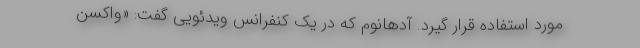
مورد استفاده قرار گیرد. آدهانوم که در یک کنفرانس ویدئویی گفت: «واکسن